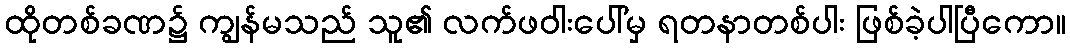
ထိုတစ်ခဏ၌ ကျွန်မသည် သူ၏ လက်ဖဝါးပေါ်မှ ရတနာတစ်ပါး ဖြစ်ခဲ့ပါပြီကော။